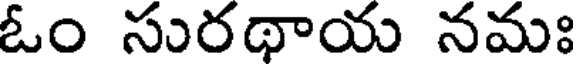
ఓం సురథాయ నమః